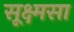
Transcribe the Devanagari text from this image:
सूक्ष्मसा